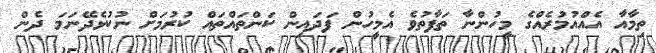
ތިމާއާ އެއްއުމުރެއްގެ މީހުންނާ ތަފާތުވެ އެމީހުން ފަދައިން ކަންތައްތައް ކުރުމަށް ނުކުޅެދޭނަމަ ދެން